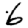
Digit: 6